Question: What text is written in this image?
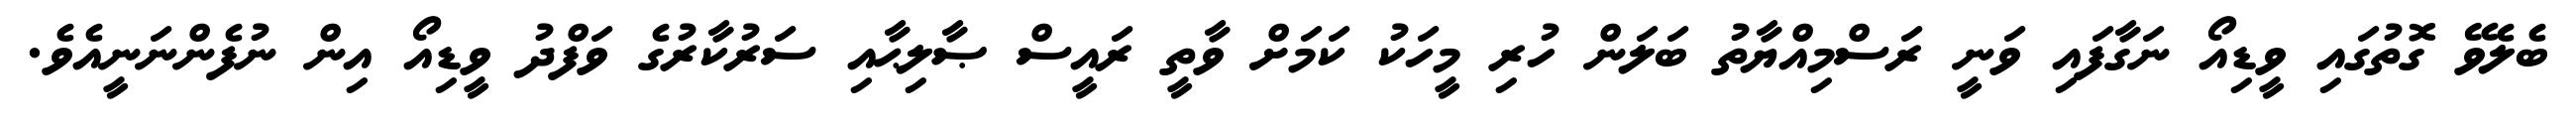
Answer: ބެލެވޭ ގޮތުގައި ވީޑިއޯ ނަގާފައި ވަނީ ރަސްމިއްޔާތު ބަލަން ހުރި މީހަކު ކަމަށް ވާތީ ރައީސް ޞާލިޙާއި ސަރުކާރުގެ ވަފްދު ވީޑިއޯ އިން ނުފެންނަނީއެވެ.